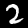
Label: 2